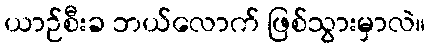
ယာဉ်စီးခ ဘယ်လောက် ဖြစ်သွားမှာလဲ။